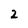
Character: 2